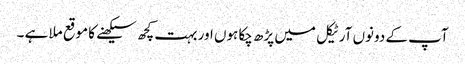
آپ کے دونوں آرٹیکل میں پڑھ چکا ہوں اور بہت کچھ سیکھنے کا موقع ملا ہے ۔